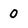
Character: 0